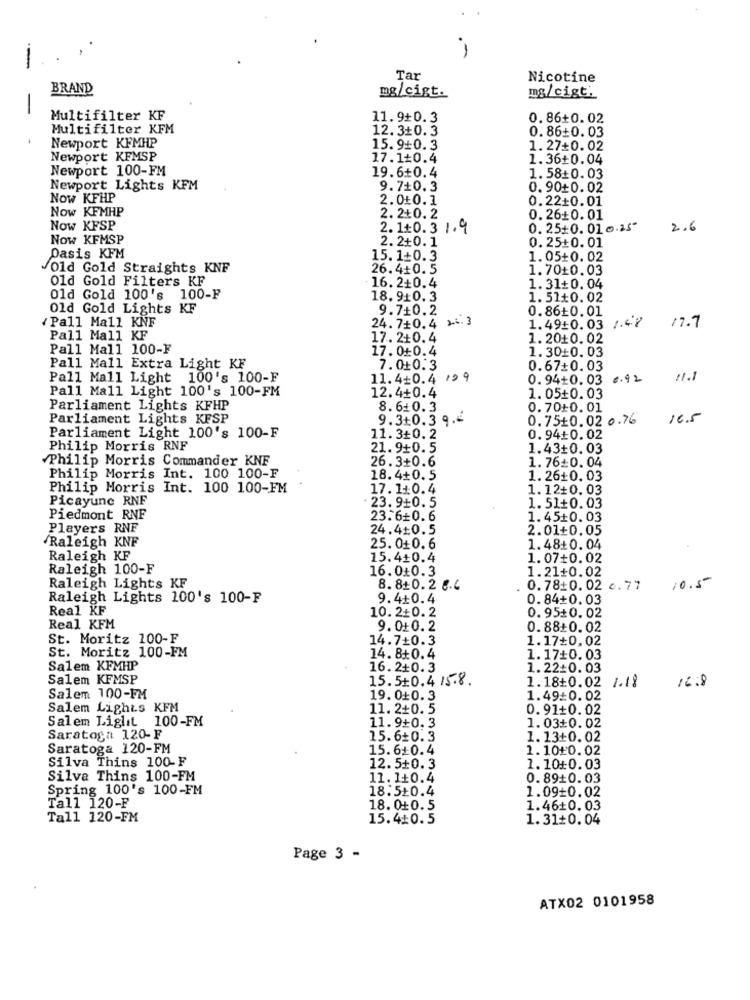
-
--
Tar
Nicotine
BRAND
mg/cist.
mg/cigt.
-
Multifilter KF
11.9+0.3
0.86+0.02
Multifilter KFM
12.3+0.3
0.86+0.03
Newport KFMHP
15.9+0.3
1.27+0.02
Newport KFMSP
17.1+0.4
1.36+0.04
Newport 100-FM
19.6+0.4
1.58:0.03
Newport Lights KFM
9.7+0.3
0.90+0.02
Now KFHP
2.010.1
0.22+0.01
Now KFMHP
2.2+0.2
0.26+0.01
Now KFSP
2. 1+0.3 1.9
0.25+0.01.25"
2.6
Now KFMSP
0.25+0.01
2.2+0.1
Dasis KFM
15.1+0.3
1.05+0.02
Old Gold Straights KNF
26.4+0.5
1.70+0.03
Old Gold Filters KF
16.2+0.4
1.31+0. 04
Old Gold 100's 100-F
18.910.3
1.51+0.02
Old Gold Lights KF
9.7+0.2
( Pall Mall KNF
24.7+0.4 22.3
0.86+0.01
1.49+0.03 /.47
17.7
Pall Mall KF
17. 2+0.4
1.2010.02
Pall Mall 100-F
17.0+0.4
1.30+0.03
Pall Mall Extra Light KF
7.010.3
0.67+0.03
Pall Mall Light 100's 100-F
11. 4+0.4 199
0.94+0.03 6.42
11.1
Pall Mall Light 100's 100-FM
12.4+0.4
1. 05+0.03
Parliament Lights KFHP
8.6+0.3
0.70+0.01
Parliament Lights KFSP
9.3+0.3 9.4
0.75₺0.02 0.76
16.5
Parliament Light 100's 100-F
11. 3+0. 2
0.94+0.02
Philip Morris RNF
21.9+0.5
1.43+0.03
Philip Morris Commander KNF
26.3+0.6
1.76+0.04
Philip Morris Int. 100 100-F
18.4+0.5
1.26+0.03
Philip Morris Int. 100 100-FM
17.1+0.4
1.12+0.03
Picayune RNF
23.9+0.5
1.51+0.03
Piedmont RNF
23.6+0.6
1.45+0.03
Players RNF
24.4+0.5
2.01+0.05
Raleigh KNF
25.0+0.6
1.48+0.04
Raleigh KF
15.4+0.4
1.07+0.02
Raleigh 100-F
16.0+0.3
1.21+0.02
10.5
Raleigh Lights KF
8. 8+0.2 8.6
0.78:0.02 6.77
Raleigh Lights 100's 100-F
9.4+0.4
0.84+0.03
Real KF
10.2+0.2
0.95+0.02
Real KFM
9.0+0.2
0.88+0.02
St. Moritz 100-F
14.7+0.3
1.17+0,02
St. Moritz 100-FM
14. 8+0.4
1.17+0.03
Salem KFMHP
16.2+0.3
1.22+0.03
Salem KFMSP
15. 5+0.4 15.8.
1.18+0.02 1.18
16.8
Salem 100-FM
19.0+0.3
1.49:0.02
Salem Lights KFM
11. 2+0.5
0.91+0.02
Salem Liglit 100-FM
11.9+0.3
1.03+0.02
Saratoga 120-F
15.6+0.3
1.13+0.02
Saratoga 120-FM
15.6+0.4
1.10:0.02
Silva Thins 100-F
12.5+0.3
1.1010.03
Silva Thins 100-FM
11.1+0.4
0.89+0.03
Spring 100's 100-FM
18.5+0.4
1.09+0.02
Tall 120-F
18.0+0.5
1.46+0.03
Tall 120-FM
15.4:0.5
1.31+0.04
Page 3 -
ATX02 0101958